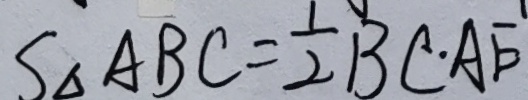
S _ { \Delta A B C } = \frac { 1 } { 2 } B C \cdot A E